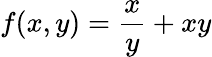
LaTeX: f(x,y)=\frac{x}{y}+xy